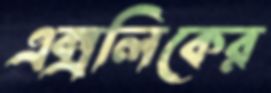
এক্সলিকের